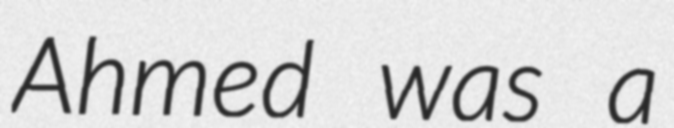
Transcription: Ahmed was a